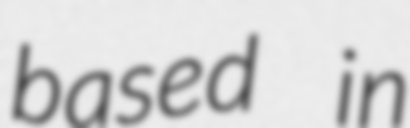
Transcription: based in